Torma_(Votikvere)_vallavalitsus, lk 52
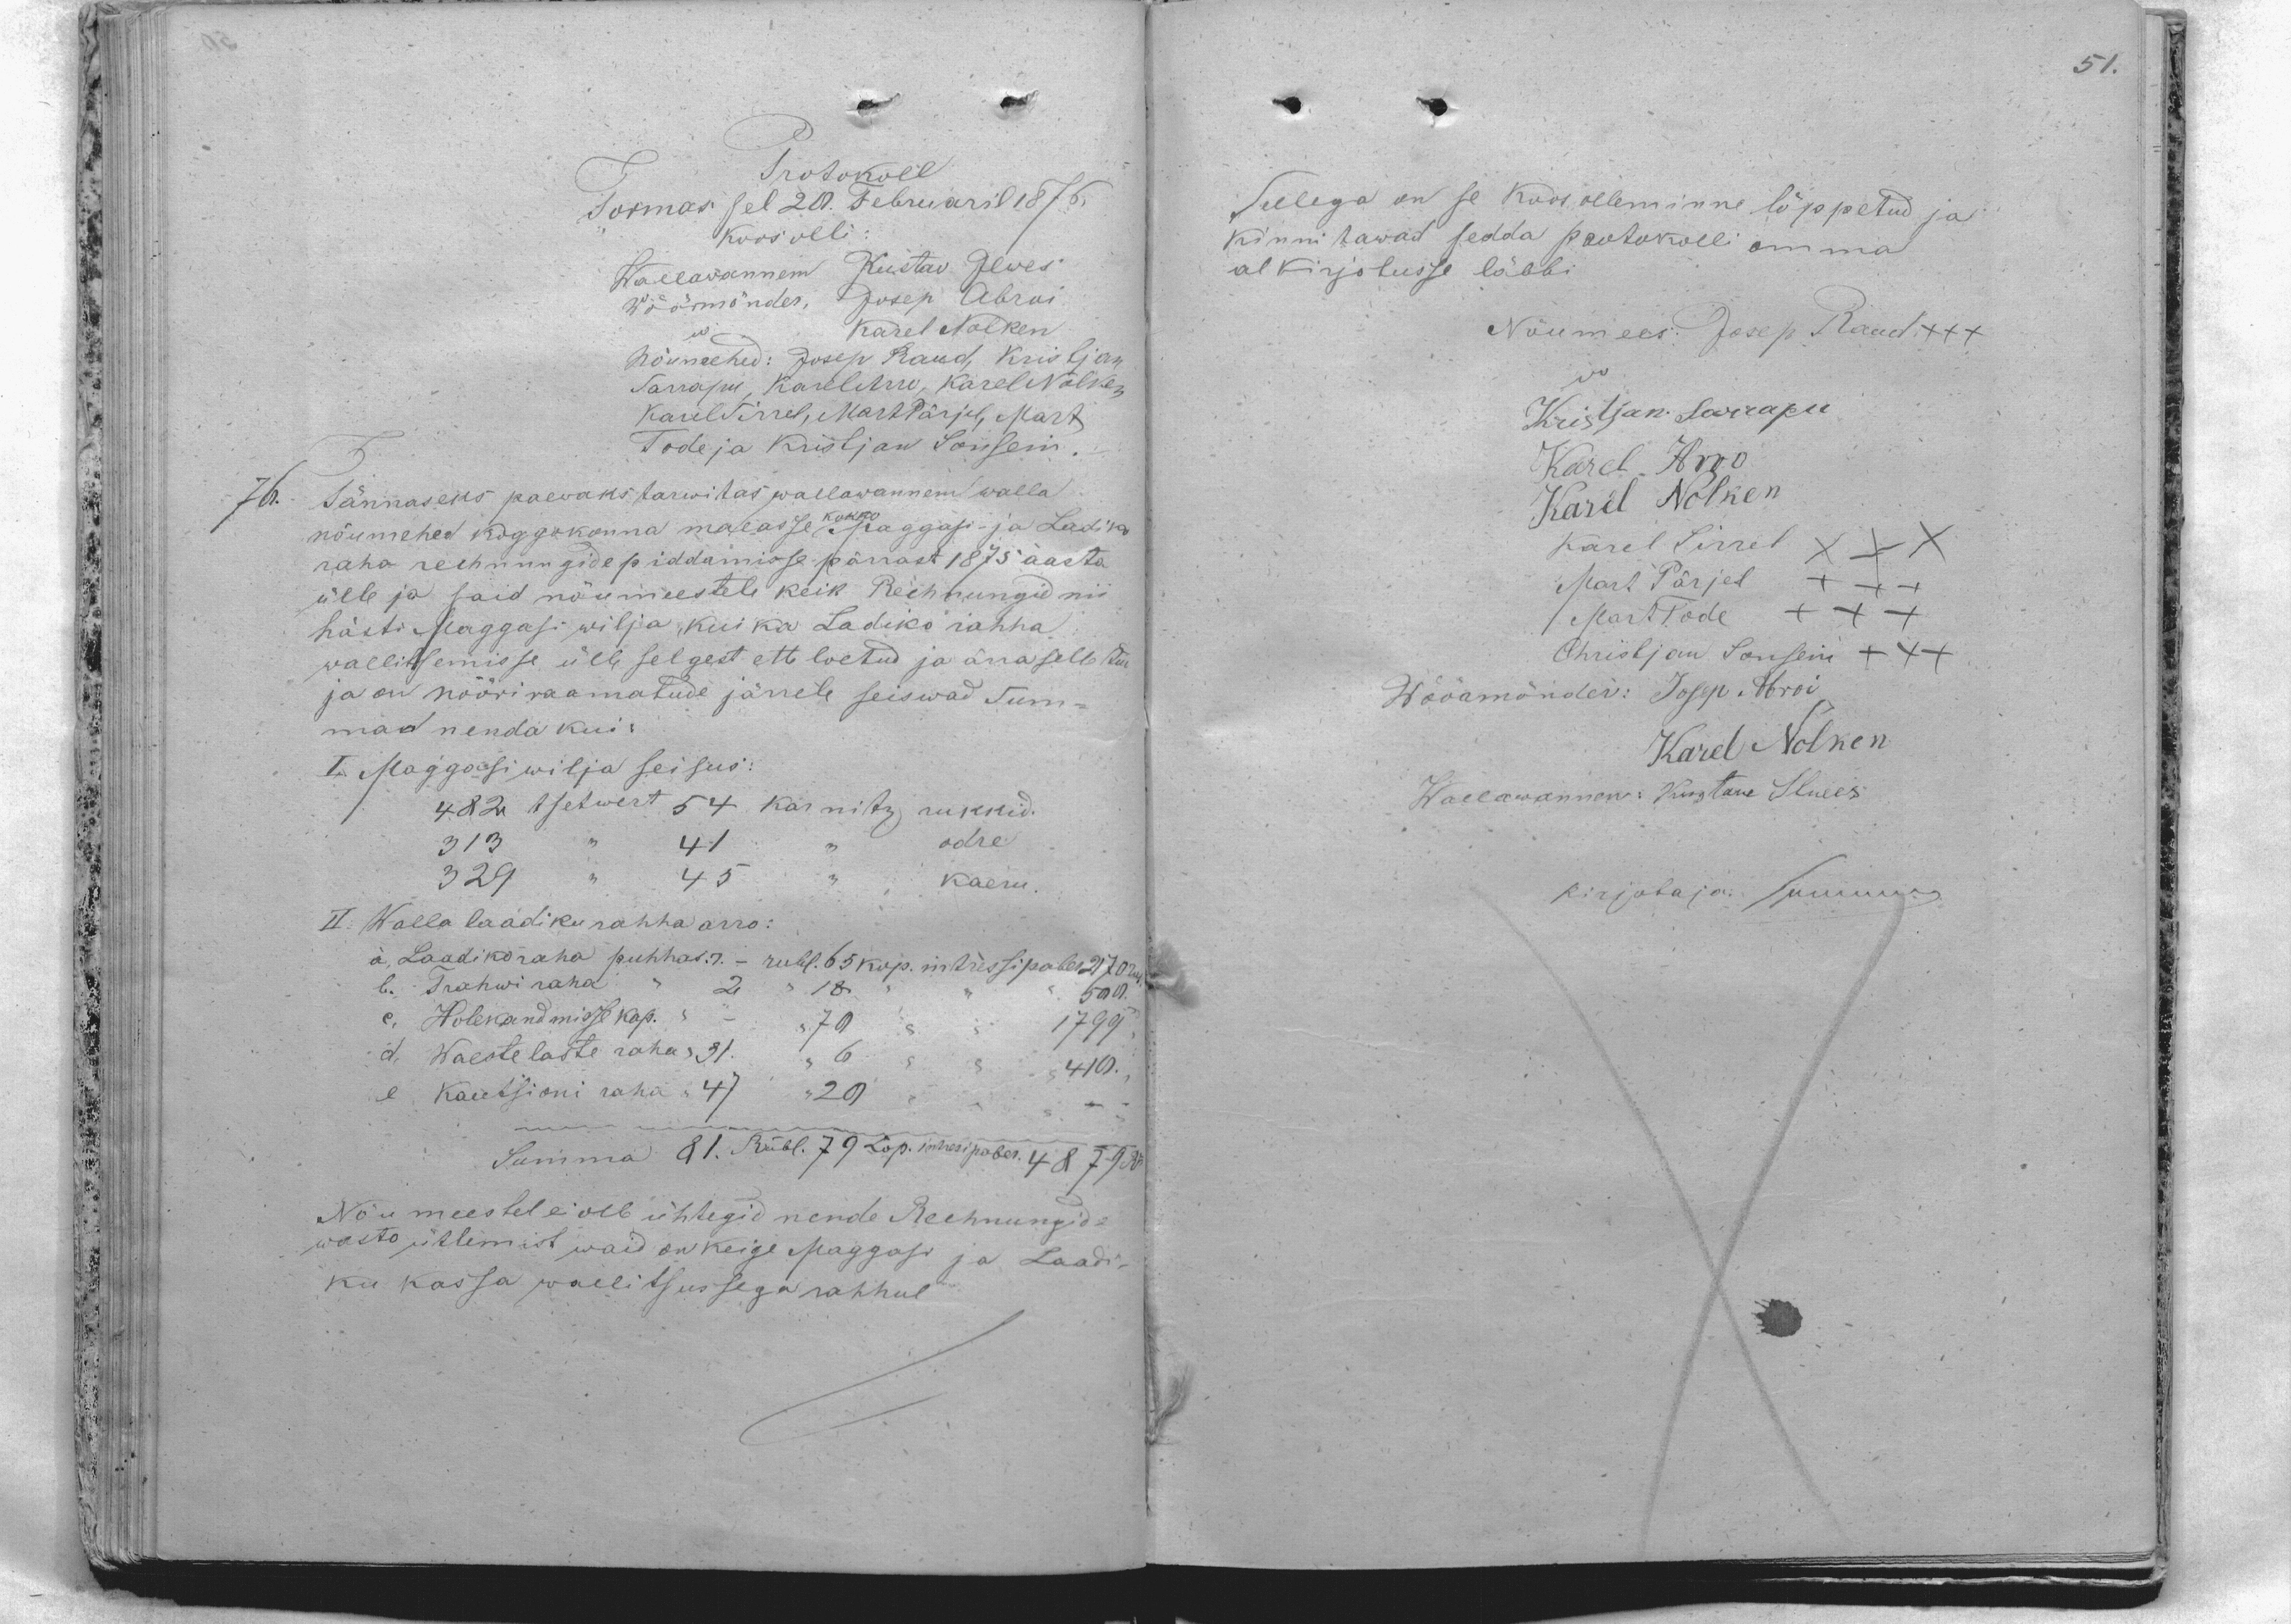
Protokoll
Tormas sel 20. Februaril 1876
Koos olli:
Wallawannem Kustav Ilwes
Wöömönder Josep Abroi
Karel Nolken
Nõumehed: Josep Raud, Kristjan
Sarrapu, Karel Arro, Karel Nolken
Karel Sirrel, Mart Pärjal, Mart
Tode ja Kristjan Sonsein.
76. Tännaseks paewaks tarwitas wallawannem walla
nõumehed koggokonna maeasse kokko Maggasi- ja Ladiko
raha rechnungide piddamisse pärrast 1875 aasta
ülle ja said nõumeestele keik Rechnungi nii
hästi Maggasi wilja, kui ka Ladiko rahha
wallitsemisse ülle selgest ette loetud ja ärraselletud
ja on nööriraamatude järrele seiswad Sum-
mad nenda kui:
I Maggassiwilja seisus:
482 tsetwert 54 Karnitz rukkid.
odre
313
41
329
45
kaeru.
II. Walla laadiku rahha arro:
a. Laadiko raha puhhas r. - rubl. 65 kop. intressipaber 2170 rub
b. Trahwi raha
2 " 18
500
c. Holekandmisse kap.
1799
70
d. Waestelaste raha 31.
6
410.
e. Kautsioni raha. 47
20
Summa 21. Rubl. 79 Cop. intressipaber. 4879 Ro
Nõumeestel ei olle ühtegid nende Rechnungide
wasto ütlemist waid on keige Maggasi ja Laadi-
ku kassa wallitsussega rahhul

Sellega on se koos olleminne lõppetud ja
kinnitawad sedda protokolli omma
alkirjotusse läbbi
Nõumees: Josep Raud XXX
do
Kristjan Sarrapu
Karel Arro
Karel Nolken
Karel Sirel XXX
Mart Pärjel +++
1 Mart Tode +++
Christjan Sonsein +++
Wöörmönder: Joosep Abroi
Karel Nolken
Wallawannem: Kustaw Ilwes
Kirjotaja: Summri